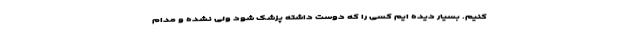
کنیم. بسیار دیده ایم کسی را که دوست داشته پزشک شود ولی نشده و مدام